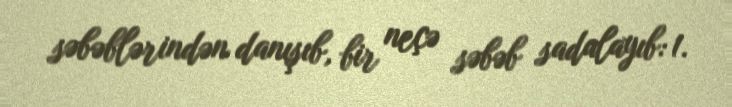
səbəblərindən danışıb, bir neçə səbəb sadalayıb: 1.